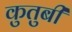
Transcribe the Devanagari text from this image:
कुतुबी